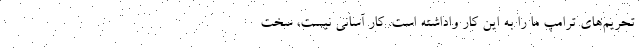
تحریم‌های ترامپ ما را به این کار واداشته است. کار آسانی نیست، سخت